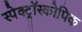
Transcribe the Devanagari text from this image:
स्पेक्ट्रॉस्कोपिक